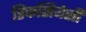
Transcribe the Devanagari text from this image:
रिकसियेसी